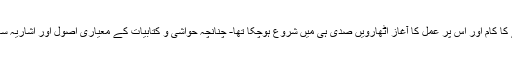
ترقی یافتہ علمی دنیا میں تحقیقی مقالہ لکھنے یا "رسمیات تحقیق" کو سائنٹیفک اور معیاری بنانے کا کام اور اس پر عمل کا آغاز اٹھارویں صدی ہی میں شروع ہوچکا تھا- چنانچہ حواشی و کتابیات کے معیاری اصول اور اشاریہ سازی کا اہتمام مغربی زبانوں میں لکھی جانے والی کتابوں میں اسی عرصے میں نظر آنے لگا تھا۔